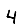
Digit: 4